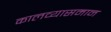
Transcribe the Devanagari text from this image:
कालव्यासमान